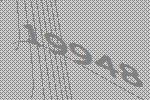
19948